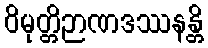
ဝိမုတ္တိဉာဏဒဿနန္တိ